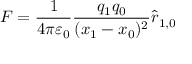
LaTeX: { \boldsymbol { F } } = { \frac { 1 } { 4 \pi \varepsilon _ { 0 } } } { \frac { q _ { 1 } q _ { 0 } } { ( { \boldsymbol { x } } _ { 1 } - { \boldsymbol { x } } _ { 0 } ) ^ { 2 } } } { \hat { \boldsymbol { r } } } _ { 1 , 0 }